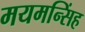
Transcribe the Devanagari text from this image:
मयमन्सिंह